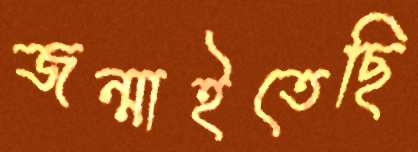
জন্মাইতেছি